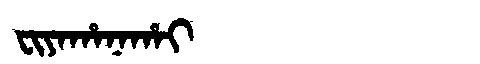
Manchu: ᠸᡳᠶᠠᡥᠠᠨᠠᡥᠠᡳ
Romanization: FIYAHANAHAI